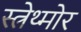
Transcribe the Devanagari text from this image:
स्त्रेथ्मोर